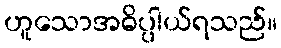
ဟူသောအဓိပ္ပါယ်ရသည်။